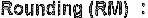
ROUNDING (RM) :